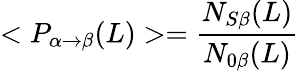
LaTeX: <P_{\alpha\rightarrow\beta}(L)>={\frac{N_{S\beta}(L)}{N_{0\beta}(L)}}